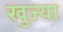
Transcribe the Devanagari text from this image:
खुज्या